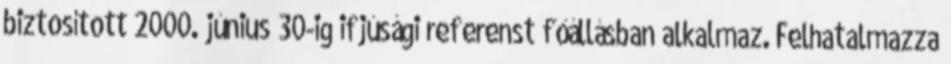
biztosított 2000. június 30-ig ifjúsági referenst főállásban alkalmaz. Felhatalmazza